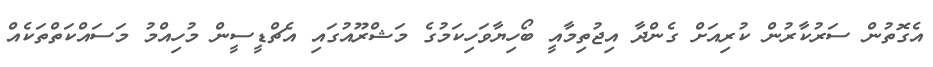
އެގޮތުން ސަރުކާރުން ކުރިއަށް ގެންދާ އިޖުތިމާއީ ބޯހިޔާވަހިކަމުގެ މަޝްރޫއުގައި އެޗްޑީސީން މުހިއްމު މަސައްކަތްތަކެއް